Indian journal of veterinary science and animal husbandry - Volume 6,
Year: 1936
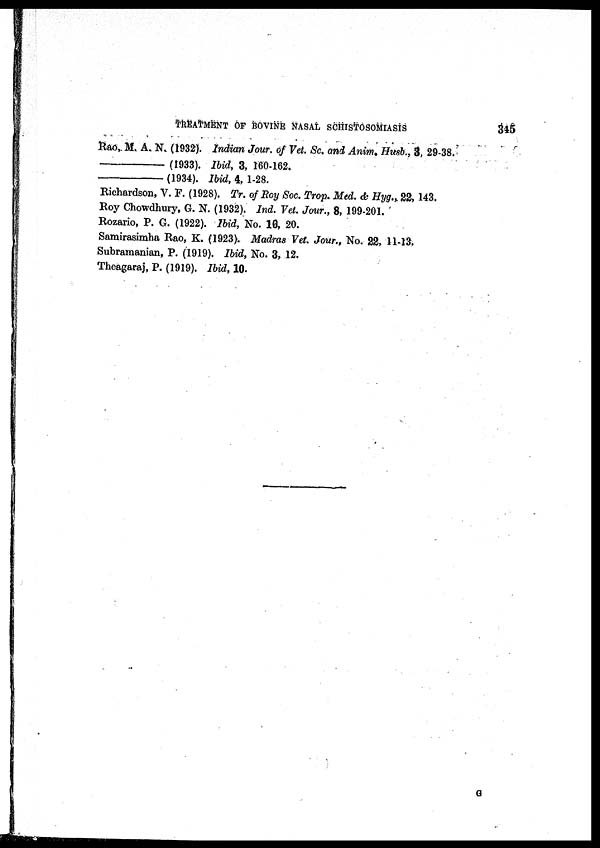
TREATMENT OF BOVINE NASAL SCHISTOSOMIASIS
345
Rao, M. A. N. (1932). Indian Jour. of Vet. Sc. and Anim. Husb., 3, 29-38.
————— (1933). Ibid, 3, 160-162.
————— (1934). Ibid, 4, 1-28.
Richardson, V. F. (1928). Tr. of Roy Soc. Trop. Med. & Hyg., 22, 143.
Roy Chowdhury, G. N. (1932). Ind. Vet. Jour., 8, 199-201.
Rozario, P. G. (1922). Ibid, No. 16, 20.
Samirasimha Rao, K. (1923). Madras Vet. Jour., No. 22, 11-13.
Subramanian, P. (1919). Ibid, No. 3, 12.
Theagaraj, P. (1919). Ibid, 10.